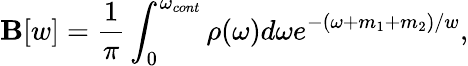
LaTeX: {\cal\mathbf{B}}[w]=\frac{{1}}{{\pi}}\int_{0}^{\omega_{cont}}{\rho(\omega)d\omega}e^{-(\omega+m_{1}+m_{2})/w},